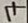
Text: 7